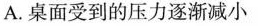
A.桌面受到的压力逐渐减小